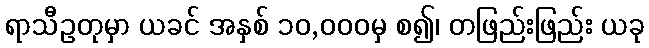
ရာသီဥတုမှာ ယခင် အနှစ် ၁၀,၀၀၀မှ စ၍၊ တဖြည်းဖြည်း ယခု